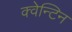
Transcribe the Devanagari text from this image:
क्वेन्टिन